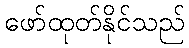
ဖော်ထုတ်နိုင်သည်